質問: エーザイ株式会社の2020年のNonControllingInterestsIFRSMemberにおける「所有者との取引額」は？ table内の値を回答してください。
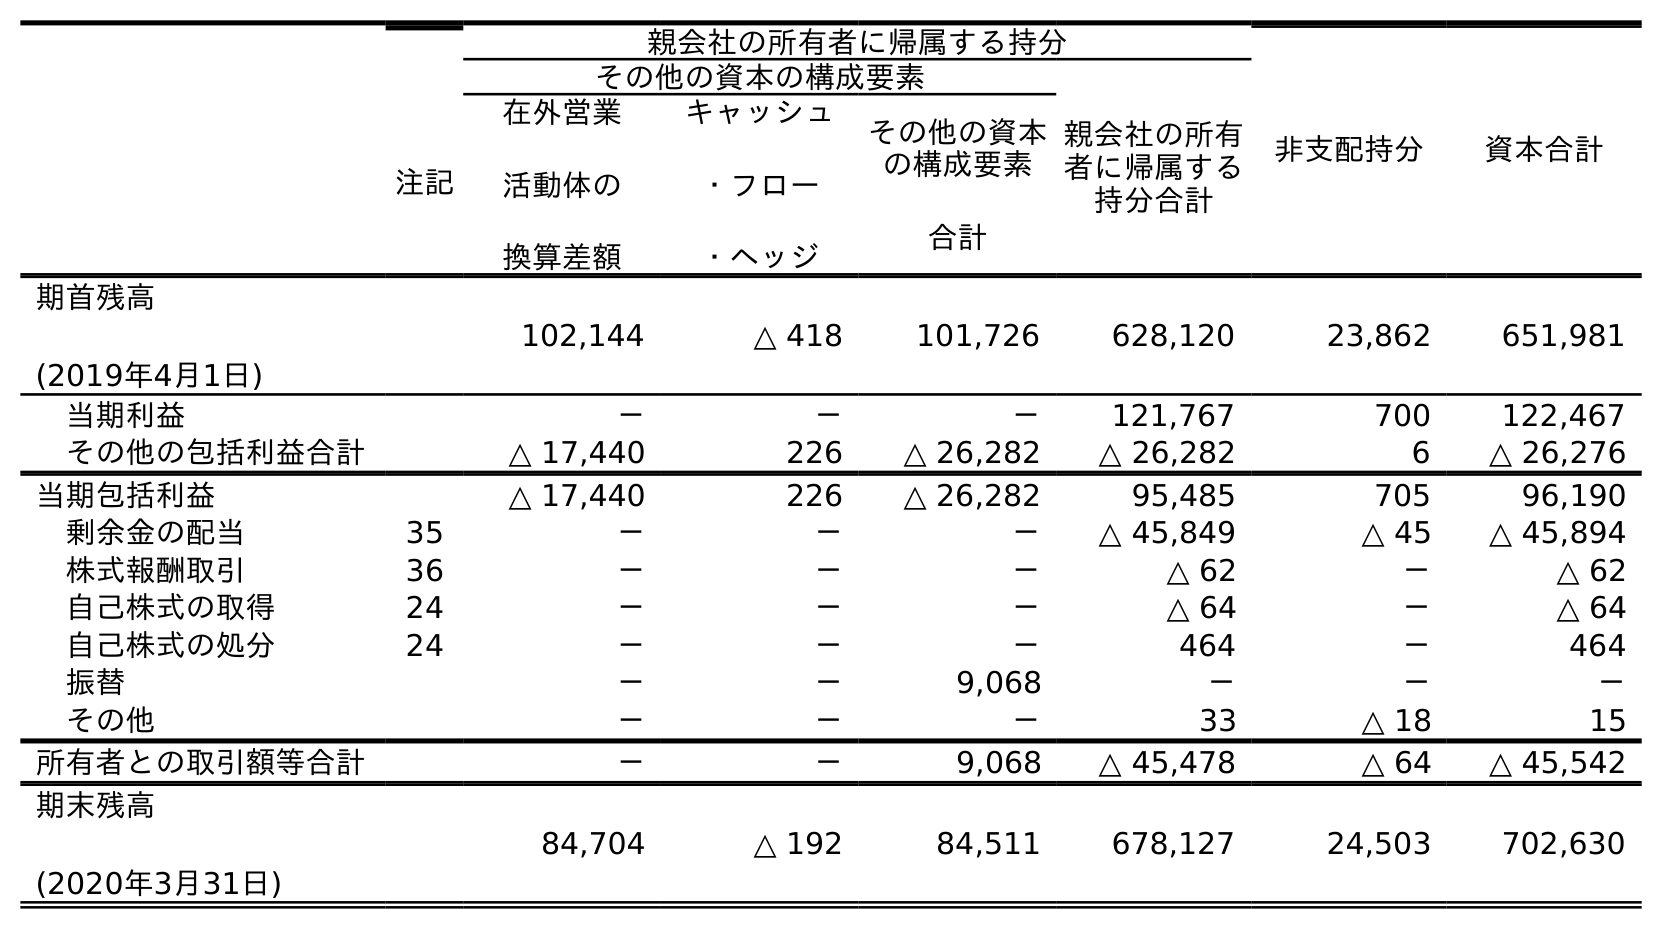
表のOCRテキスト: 注記 親会社の所有者に帰属する持分 非支配持分 資本合計 その他の資本の構成要素 親会社の所有 者に帰属する 持分合計 在外営業 活動体の 換算差額 キャッシュ ・フロー ・ヘッジ その他の資本 の構成要素 合計 期首残高 (2019年4月1日) 102,144 △ 418 101,726 628,120 23,862 651,981 当期利益 － － － 121,767 700 122,467 その他の包括利益合計 △ 17,440 226 △ 26,282 △ 26,282 6 △ 26,276 当期包括利益 △ 17,440 226 △ 26,282 95,485 705 96,190 剰余金の配当 35 － － － △ 45,849 △ 45 △ 45,894 株式報酬取引 36 － － － △ 62 － △ 62 自己株式の取得 24 － － － △ 64 － △ 64 自己株式の処分 24 － － － 464 － 464 振替 － － 9,068 － － － その他 － － － 33 △ 18 15 所有者との取引額等合計 － － 9,068 △ 45,478 △ 64 △ 45,542 期末残高 (2020年3月31日) 84,704 △ 192 84,511 678,127 24,503 702,630
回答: △64